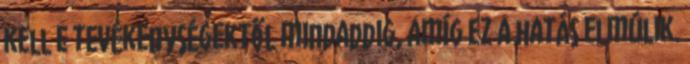
kell e tevékenységektől mindaddig, amíg ez a hatás elmúlik.